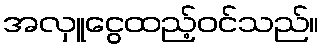
အလှူငွေထည့်ဝင်သည်။